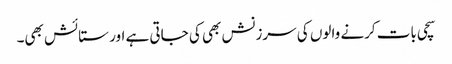
سچی بات کرنے والوں کی سرزنش بھی کی جاتی ہے اور ستائش بھی۔